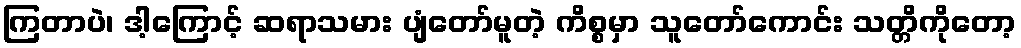
ကြတာပဲ၊ ဒါ့ကြောင့် ဆရာသမား ပျံတော်မူတဲ့ ကိစ္စမှာ သူတော်ကောင်း သတ္တိကိုတော့